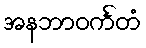
အနဘာဝင်္ကတံ